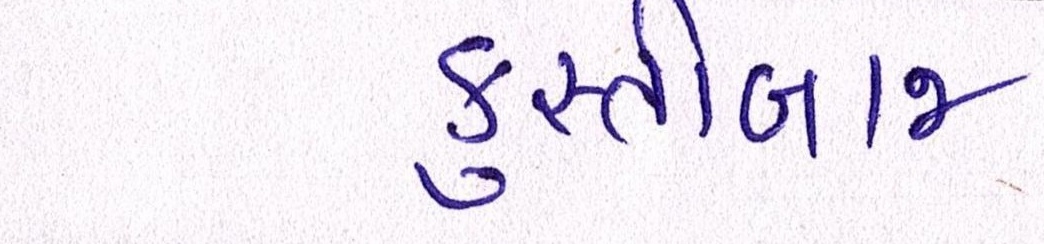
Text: કુસ્તીબાજ